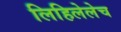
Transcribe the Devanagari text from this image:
लिहिलेलेच